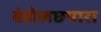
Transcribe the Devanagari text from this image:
बंडोलछपारा